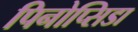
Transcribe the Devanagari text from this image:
पिनोप्सिडा